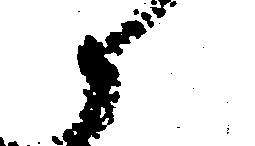
へ